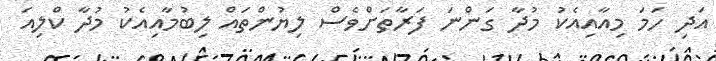
އަދި ހަމަ މިއާއިއެކު މުދާ ގަންނަ ފަރާތަށްވެސް ލިޔުންތައް ލިބުމާއިއެކު މުދާ ކްލިއަ